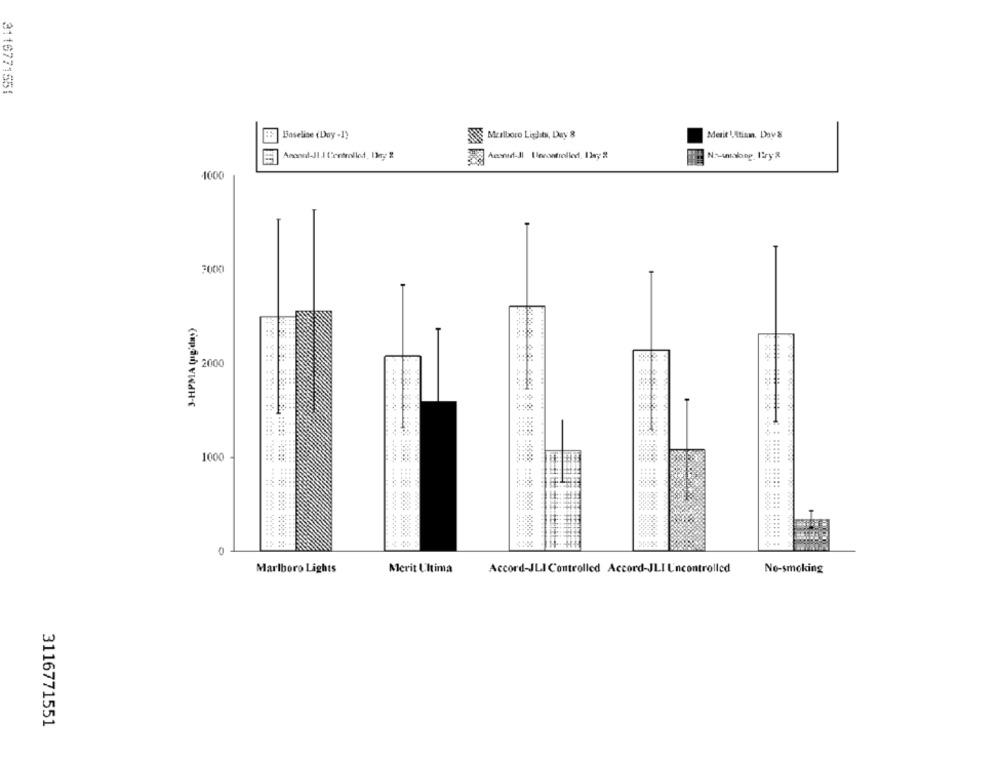
3116771551
Baselise (Day -1)
Marlboro Lights, Day 8
Merit 1.Altinn. Day'S
NA-unalang_ liry.&
1000
2000
3-HPMA (ug'das)
2000
1000
0
Marlboro Lights
Merit Ultima
Accord-JLI Controlled Accord-JLI Uncontrolled
No-smoking
3116771551